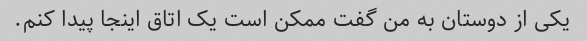
یکی از دوستان به من گفت ممکن است یک اتاق اینجا پیدا کنم.